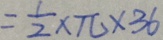
= \frac { 1 } { 2 } \times \pi \times 3 6